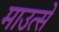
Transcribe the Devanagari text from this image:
माउत्से